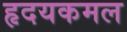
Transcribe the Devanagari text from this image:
हृदयकमल